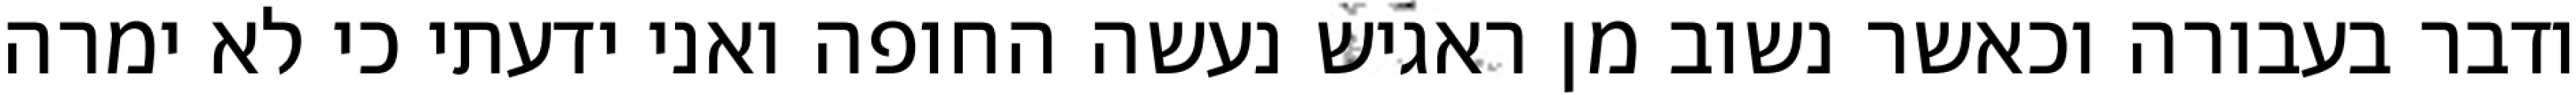
ודבר בעבורה וכאשר נשוב מן ראגיש נעשה החופה ואני ידעתי כי לא ימרה